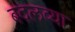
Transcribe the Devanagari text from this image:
बदलव्या